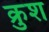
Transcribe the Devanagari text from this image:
क्रुश